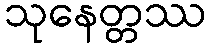
သုနေတ္တဿ